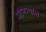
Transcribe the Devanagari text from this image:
मानन्यात